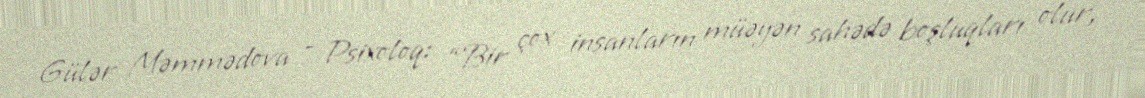
Gülər Məmmədova – Psixoloq: “Bir çox insanların müəyən sahədə boşluqları olur,